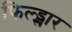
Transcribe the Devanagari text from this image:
फिल्ड्स्पार